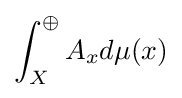
\int _{X}^{\oplus }A_{x}d\mu (x)